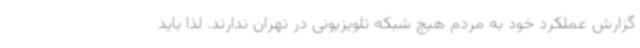
گزارش عملکرد خود به مردم هیچ شبکه تلویزیونی در تهران ندارند. لذا باید